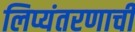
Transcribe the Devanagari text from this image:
लिप्यंतरणाची